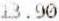
13.90